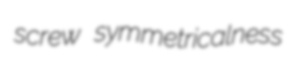
screw symmetricalness